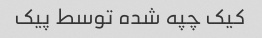
کیک چپه شده توسط پیک